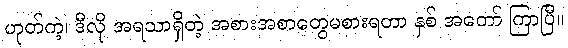
ဟုတ်ကဲ့၊ ဒီလို အရသာရှိတဲ့ အစားအစာတွေမစားရတာ နှစ် အတော် ကြာပြီ။